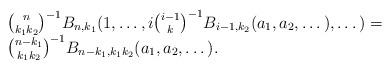
LaTeX: \begin{align*}\begin{array}{l}{\binom n{k_1k_2}}^{-1}B_{n,k_1}(1,\dots,i{\binom {i-1}k}^{-1}B_{i-1,k_2}(a_1,a_2,\dots),\dots)=\\{\binom {n-k_1}{k_1k_2}}^{-1}B_{n-k_1,k_1k_2}(a_1,a_2,\dots). \end{array}\end{align*}